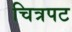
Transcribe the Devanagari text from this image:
चित्रपट